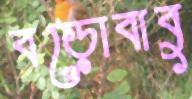
বড়োবাবু